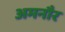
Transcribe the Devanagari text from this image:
अमनौर